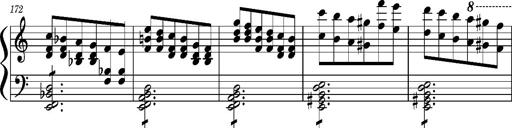
Title: Concerto sans orchestre, S.524a
Composer: Franz Liszt
Key: A major